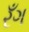
રઁગ